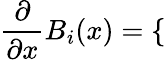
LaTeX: \frac{\partial}{\partial x}B_{i}(x)=\left\{ \begin{array}{rl}\end{array}\right.